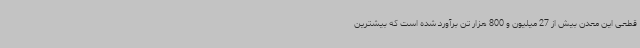
قطعی این معدن بیش از 27 میلیون و 800 هزار تن برآورد شده است که بیشترین